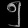
Digit: ၅